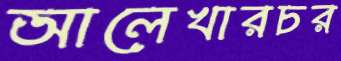
আলেখারচর